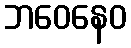
ဘဝေနေဝ